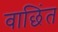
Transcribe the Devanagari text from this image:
वाछिंत